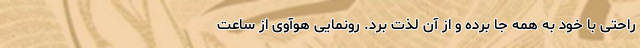
راحتی با خود به همه جا برده و از آن لذت برد. رونمایی هوآوی از ساعت